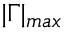
| \Gamma | _ { m a x }